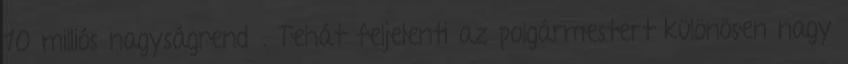
10 milliós nagyságrendű. Tehát feljelenti az polgármestert különösen nagy